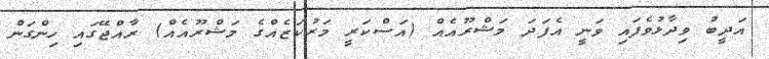
އަދީބު ވިދާޅުވެފައި ވަނީ އެފަދަ މަޝްރޫއެއް (އަސްކަރީ މަރުކަޒެއްގެ މަޝްރޫއެއް) ރާއްޖޭގައި ހިންގަން